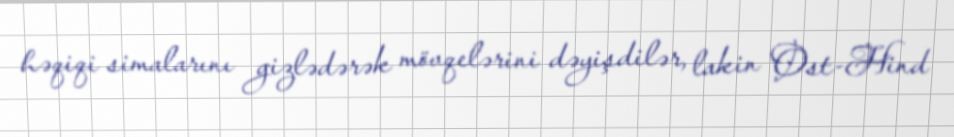
həqiqi simalarını gizlədərək mövqelərini dəyişdilər, lakin Ost-Hind